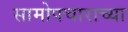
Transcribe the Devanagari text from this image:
सामोपचाराच्या